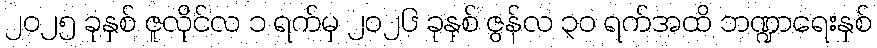
၂၀၂၅ ခုနှစ် ဇူလိုင်လ ၁ ရက်မှ ၂၀၂၆ ခုနှစ် ဇွန်လ ၃၀ ရက်အထိ ဘဏ္ဍာရေးနှစ်